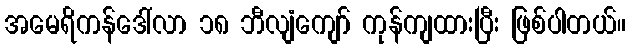
အမေရိကန်ဒေါ်လာ ၁၈ ဘီလျံကျော် ကုန်ကျထားပြီး ဖြစ်ပါတယ်။